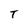
Character: T